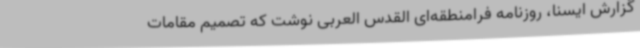
گزارش ایسنا، روزنامه فرامنطقه‌ای القدس العربی نوشت که تصمیم مقامات